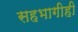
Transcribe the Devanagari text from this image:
सहभागीही